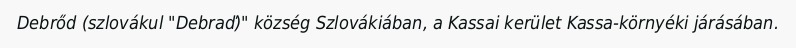
Debrőd (szlovákul "Debraď)" község Szlovákiában, a Kassai kerület Kassa-környéki járásában.